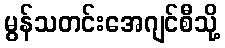
မွန်သတင်းအေဂျင်စီသို့